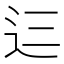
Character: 𮞁